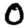
Digit: 0